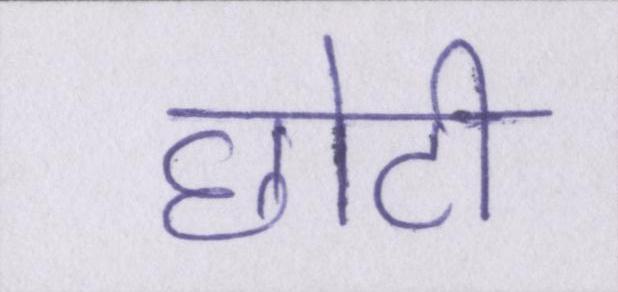
छोटी